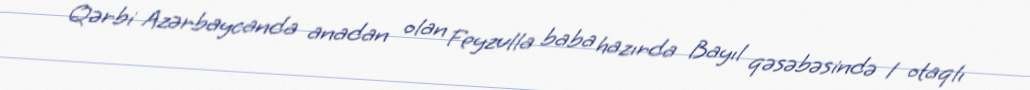
Qərbi Azərbaycanda anadan olan Feyzulla baba hazırda Bayıl qəsəbəsində 1 otaqlı